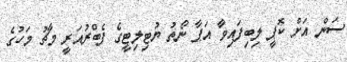
ސަން އަށް ކޮޕީ ލިބިފައިވާ އަޕާ ނޯތު ޔުޓިލިޓީގެ ފެބްރުއަރީ މާޗު މަހުގެ